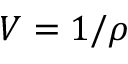
V = 1 / \rho